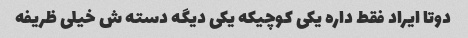
دوتا ایراد فقط داره یکی کوچیکه یکی دیگه دسته ش خیلی ظریفه